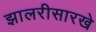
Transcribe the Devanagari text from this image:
झालरीसारखे